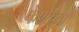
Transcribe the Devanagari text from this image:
फेणेच्या